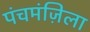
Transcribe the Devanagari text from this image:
पंचमंज़िला